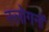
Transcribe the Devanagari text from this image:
स्लोगनों